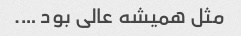
مثل همیشه عالی بود ….